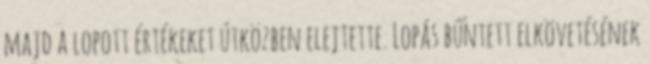
majd a lopott értékeket útközben elejtette. Lopás bűntett elkövetésének